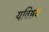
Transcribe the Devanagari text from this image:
यविष्ठय